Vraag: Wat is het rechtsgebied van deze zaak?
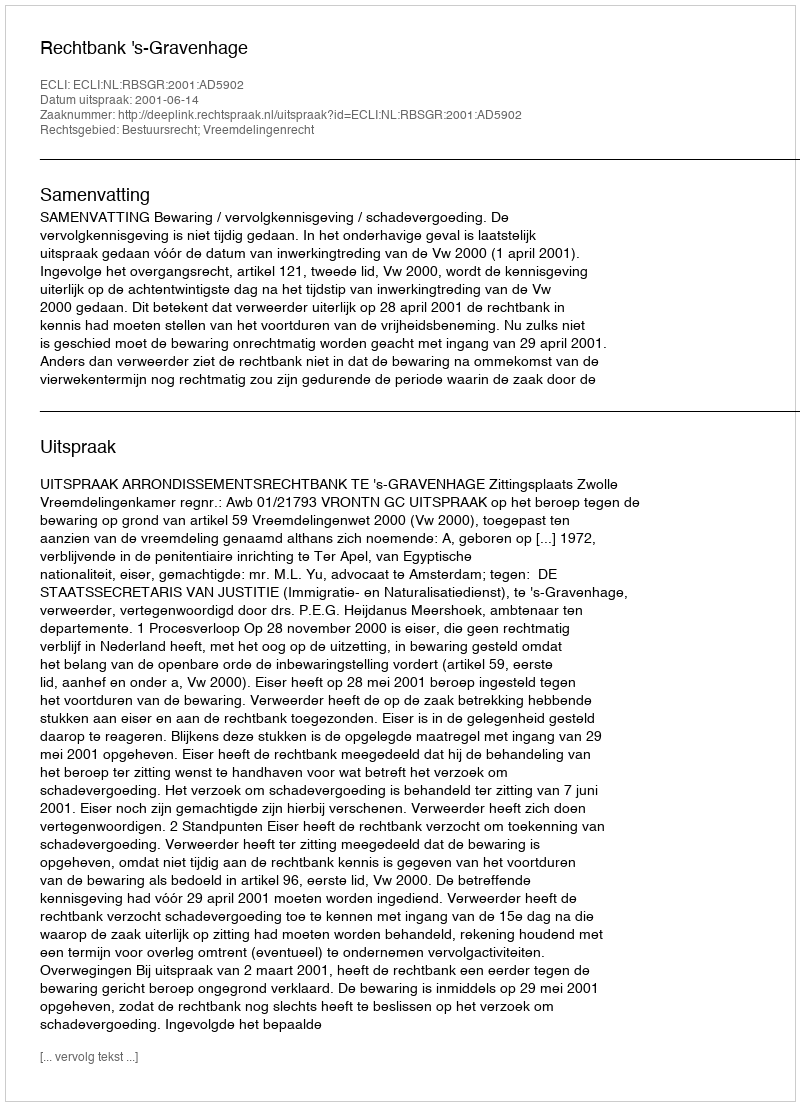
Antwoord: Bestuursrecht; Vreemdelingenrecht